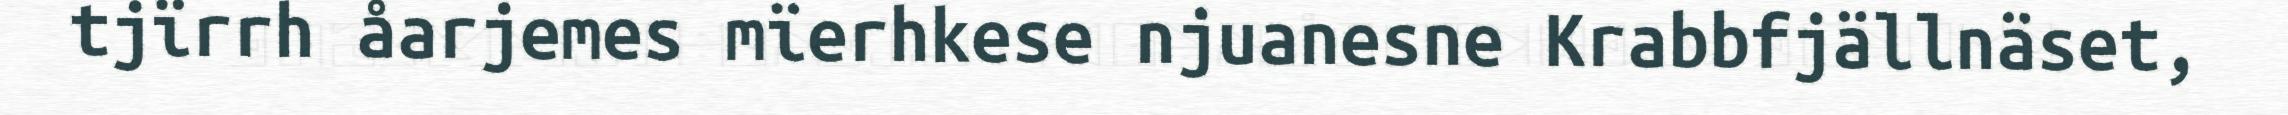
tjïrrh åarjemes mïerhkese njuanesne Krabbfjällnäset,